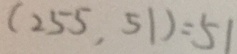
( 2 5 5 , 5 1 ) = 5 1